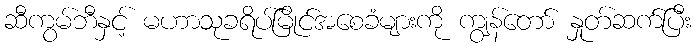
ဆီကွမ်ဘီနှင့် မဟာသုခရိပ်မြိုင်အစေခံများကို ကျွန်တော် နှုတ်ဆက်ပြီး